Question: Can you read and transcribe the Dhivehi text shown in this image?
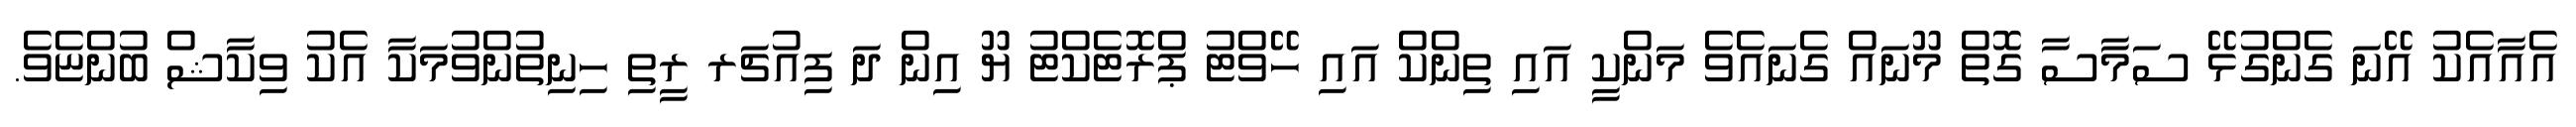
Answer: އެއާއެކު އޭނަ ގެންގުޅޭ ސަމާސާ ގޮތް މޫނައް ގެނައެވެ މަންކީ އައި ތިންކް އައި ހޭވްޓު ޕްރޮޓެކްޓު ޔޫ އިން ދަ ފިއުޗަރ ރީތި ހިނިތުންވުމަކާ އެކު ވިކާޝް ބުންޏެވެ.